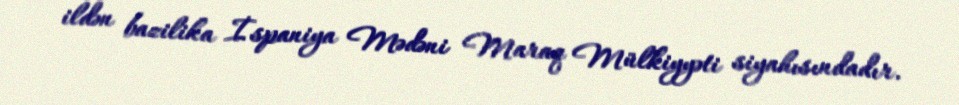
ildən bazilika İspaniya Mədəni Maraq Mülkiyyəti siyahısındadır.